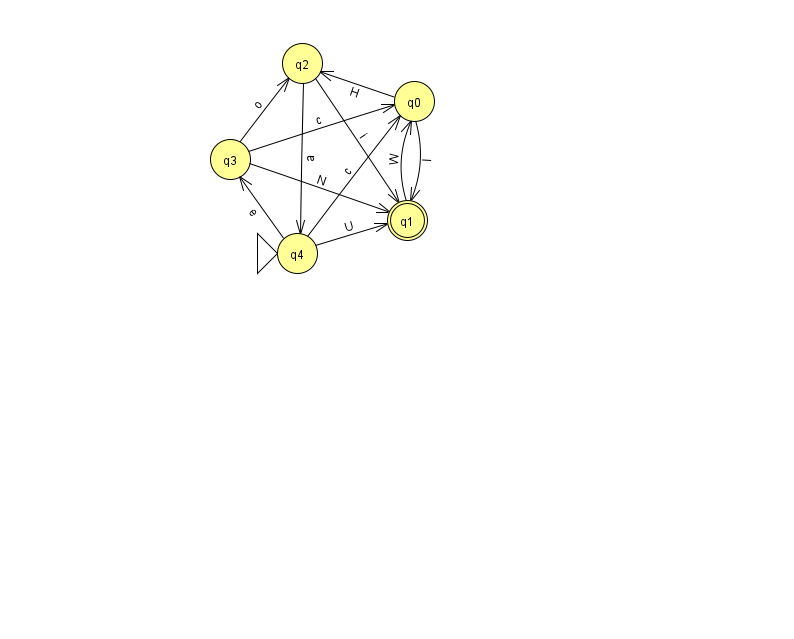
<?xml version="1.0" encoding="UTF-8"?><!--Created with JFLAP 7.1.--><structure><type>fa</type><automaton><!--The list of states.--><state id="0" name="q0"><x>414.0</x><y>88.0</y></state><state id="1" name="q1"><x>407.0</x><y>207.0</y><final/></state><state id="2" name="q2"><x>302.0</x><y>50.0</y></state><state id="3" name="q3"><x>230.0</x><y>146.0</y></state><state id="4" name="q4"><x>297.0</x><y>240.0</y><initial/></state><!--The list of transitions.--><transition><from>2</from><to>4</to><read>a</read></transition><transition><from>4</from><to>3</to><read>e</read></transition><transition><from>4</from><to>1</to><read>U</read></transition><transition><from>0</from><to>1</to><read>I</read></transition><transition><from>0</from><to>2</to><read>H</read></transition><transition><from>3</from><to>0</to><read>c</read></transition><transition><from>3</from><to>1</to><read>N</read></transition><transition><from>2</from><to>1</to><read>i</read></transition><transition><from>1</from><to>0</to><read>W</read></transition><transition><from>3</from><to>2</to><read>o</read></transition><transition><from>4</from><to>0</to><read>c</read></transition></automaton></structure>